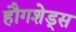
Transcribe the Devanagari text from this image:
हौगशेड्स